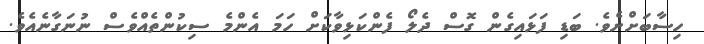
ހިސާބަށްށެވެ. ބަޑި ފަޅައިގެން ގޮސް ދެލޯ ފެންކަޅިވާކަށް ހަމަ އެންމެ ސިކުންތެއްވެސް ނުނަގާނެއެވެ.